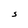
Character: S